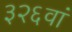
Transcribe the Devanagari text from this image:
३२६वां